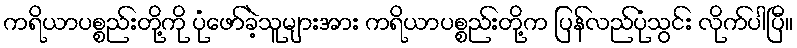
ကရိယာပစ္စည်းတို့ကို ပုံဖော်ခဲ့သူများအား ကရိယာပစ္စည်းတို့က ပြန်လည်ပုံသွင်း လိုက်ပါပြီ။